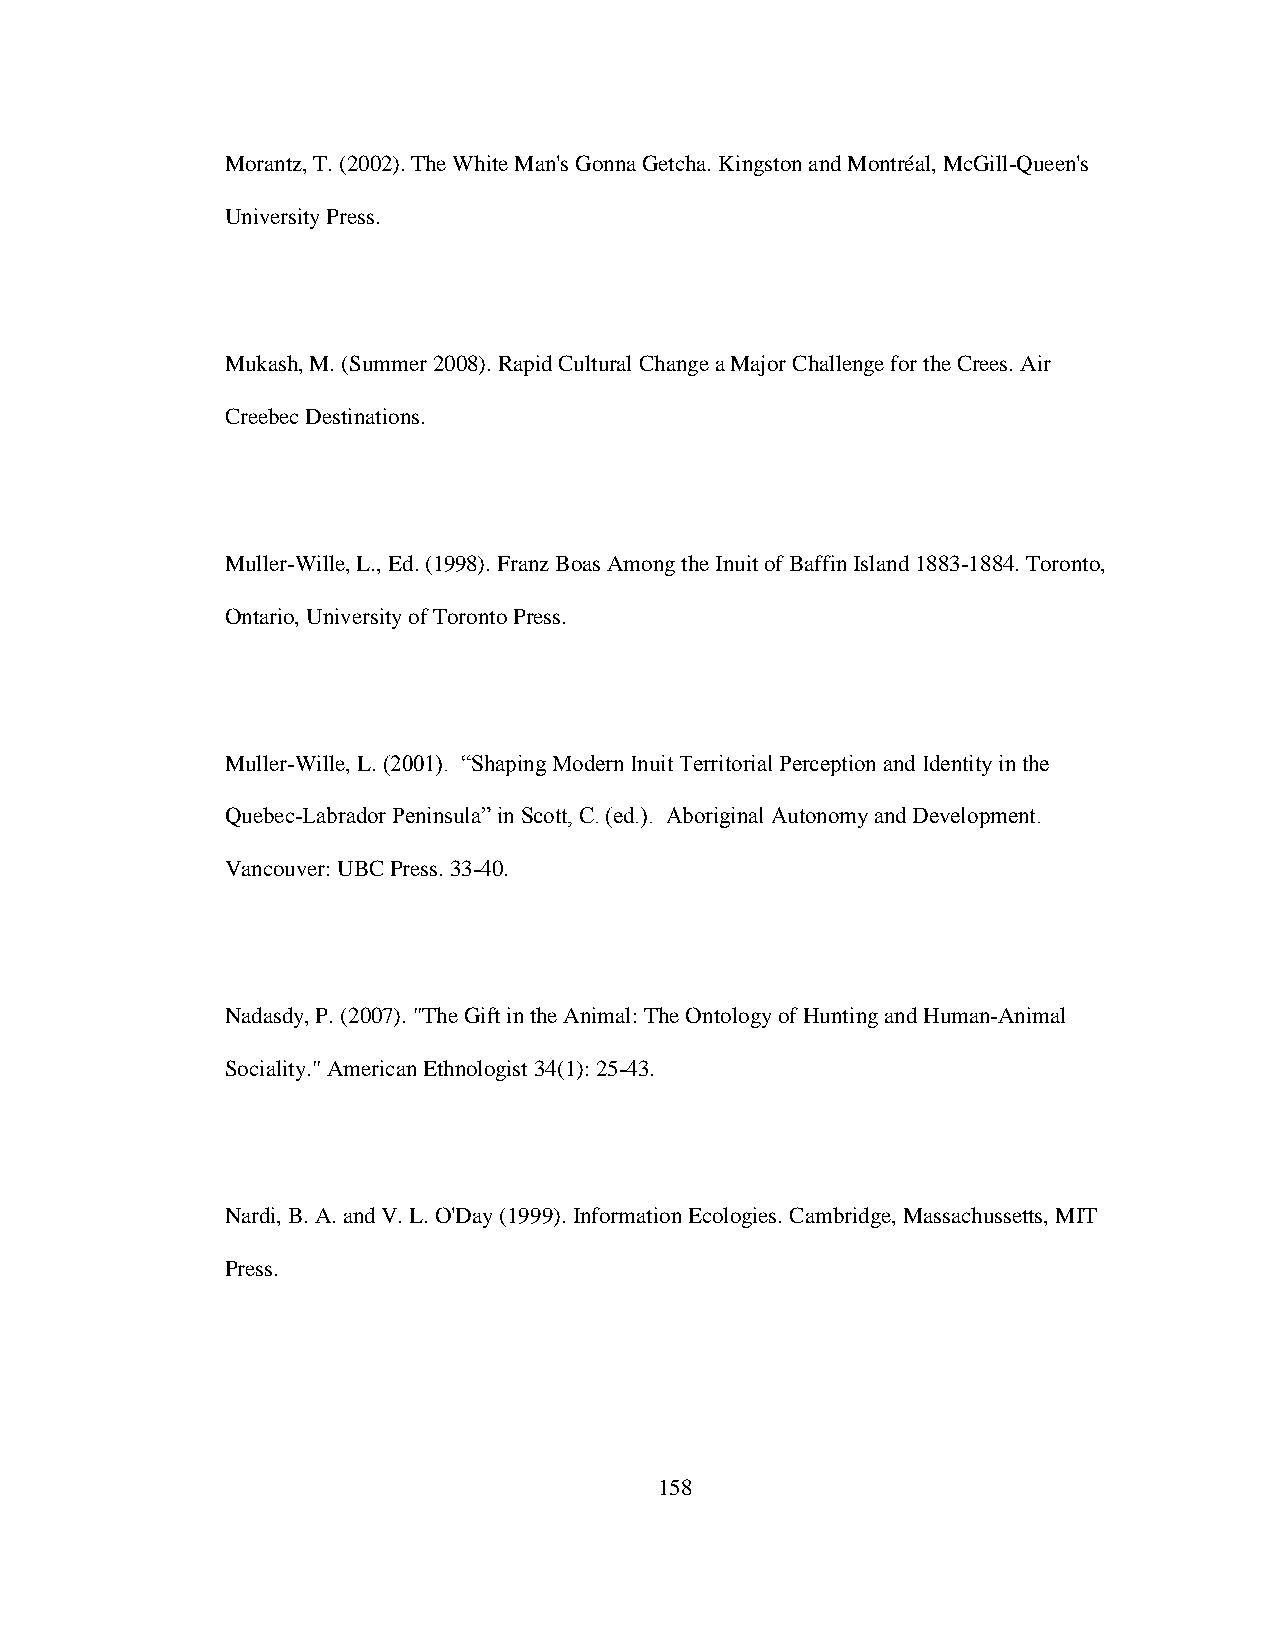
Morantz, T. (2002). The White Man's Gonna Getcha. Kingston and Montréal, McGill-Queen's
 University Press.
 Mukash, M. (Summer 2008). Rapid Cultural Change a Major Challenge for the Crees. Air
 Creebec Destinations.
 Muller-Wille, L., Ed. (1998). Franz Boas Among the Inuit of Baffin Island 1883-1884. Toronto,
 Ontario, University of Toronto Press.
 Muller-Wille, L. (2001). “Shaping Modern Inuit Territorial Perception and Identity in the
 Quebec-Labrador Peninsula” in Scott, C. (ed.). Aboriginal Autonomy and Development.
 Vancouver: UBC Press. 33-40.
 Nadasdy, P. (2007). "The Gift in the Animal: The Ontology of Hunting and Human-Animal
 Sociality." American Ethnologist 34(1): 25-43.
 Nardi, B. A. and V. L. O'Day (1999). Information Ecologies. Cambridge, Massachussetts, MIT
 Press.
 158